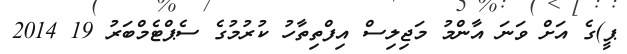
ޕީ)ގެ އަށް ވަނަ އާންމު މަޖިލިސް އިފްތިތާހު ކުރުމުގެ ސެޕްޓެމްބަރު 19 2014